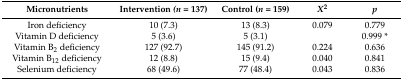
<table><thead><tr><td><b>Micronutrients</b></td><td><b>Intervention <i>(n</i> = 137)</b></td><td><b>Control (<i>n</i> = 159)</b></td><td><b><i>X</i><sup>2</sup></b></td><td><b><i>p</i></b></td></tr></thead><tbody><tr><td>Iron deficiency</td><td>10 (7.3)</td><td>13 (8.3)</td><td>0.079</td><td>0.779</td></tr><tr><td>Vitamin D deficiency</td><td>5 (3.6)</td><td>5 (3.1)</td><td></td><td>0.999 *</td></tr><tr><td>Vitamin B<sub>2</sub> deficiency</td><td>127 (92.7)</td><td>145 (91.2)</td><td>0.224</td><td>0.636</td></tr><tr><td>Vitamin B<sub>12</sub> deficiency</td><td>12 (8.8)</td><td>15 (9.4)</td><td>0.040</td><td>0.841</td></tr><tr><td>Selenium deficiency</td><td>68 (49.6)</td><td>77 (48.4)</td><td>0.043</td><td>0.836</td></tr></tbody></table>